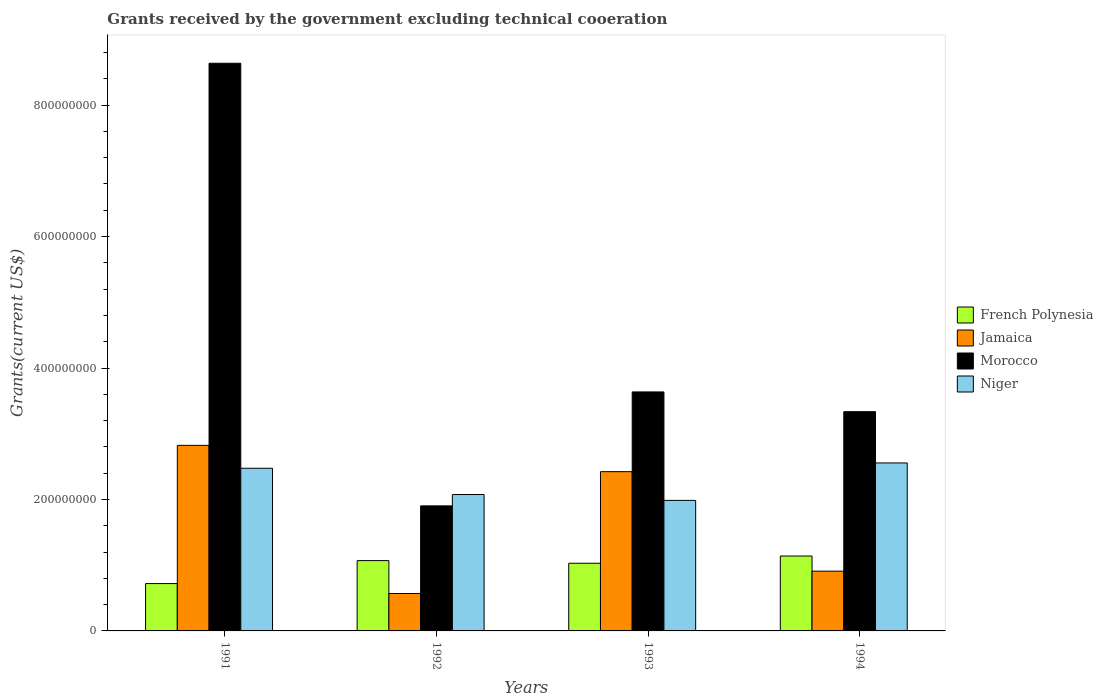
| Years | French Polynesia | Jamaica | Morocco | Niger |
 | --- | --- | --- | --- | --- |
 | 1991 | 7.2e+07 | 2.82e+08 | 8.64e+08 | 2.47e+08 |
 | 1992 | 1.07e+08 | 5.69e+07 | 1.9e+08 | 2.08e+08 |
 | 1993 | 1.03e+08 | 2.42e+08 | 3.64e+08 | 1.99e+08 |
 | 1994 | 1.14e+08 | 9.09e+07 | 3.34e+08 | 2.56e+08 |